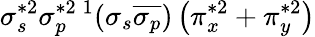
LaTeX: \sigma_{s}^{*2}\sigma_{p}^{*2}{}\, ^{1}(\sigma_{s}\overline{{\sigma_{p}}})\left(\pi_{x}^{*2}+\pi_{y}^{*2}\right)